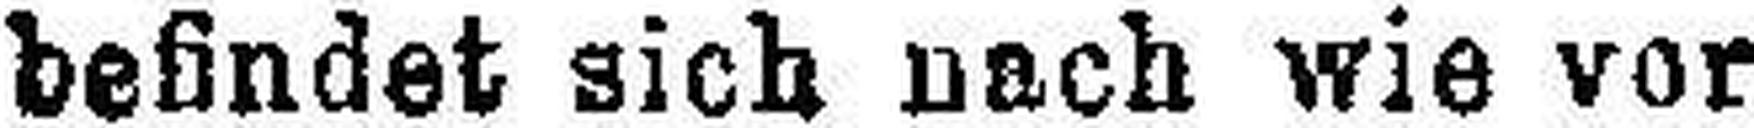
befindet sich nach wie vor